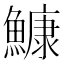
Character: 鱇